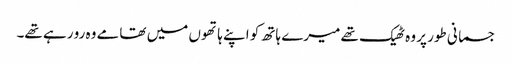
جسمانی طور پر وہ ٹھیک تھے میرے ہاتھ کو اپنے ہاتھوں میں تھامے وہ رو رہے تھے۔